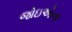
જોઇએના